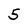
Character: 5